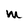
Character: M